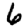
Digit: 6